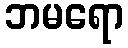
ဘမရော